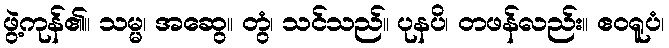
ဖွဲ့ကုန်၏။ သမ္မ၊ အဆွေ။ တွံ၊ သင်သည်။ ပုနပိ၊ တဖန်လည်း။ ဧဝရူပံ၊